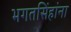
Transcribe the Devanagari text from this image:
भगतसिंहांना